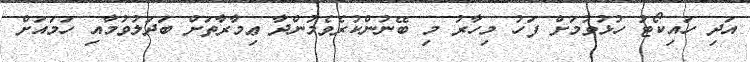
އަދި ހައިކޯޓު ހުޅުވުމަށް ފަހު މިހާރު މި ބޭނުންކުރެވެމުންދާ ޢިމާރާތަށް ބަދަލުވުމާއި ހަމައަށް